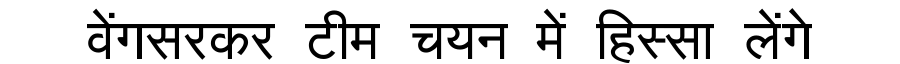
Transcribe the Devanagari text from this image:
वेंगसरकर टीम चयन में हिस्सा लेंगे